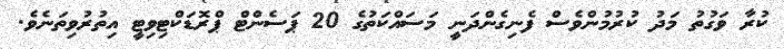
ކުރާ ވަގުތު މަދު ކުރުމުންވެސް ފެނިގެންދަނީ މަސައްކަތުގެ 20 ޕަސެންޓް ޕްރޮޑަކްޓިވިޓީ އިތުރުވިތަނެވެ.